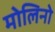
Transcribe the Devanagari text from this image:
मोलिनो